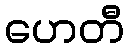
ဟေတီ